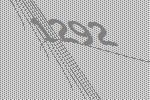
1292